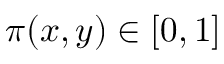
\pi ( x , y ) \in [ 0 , 1 ]